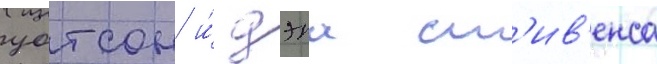
уотсон и́ дэна ст'ив'енса